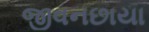
જીવનછાયા